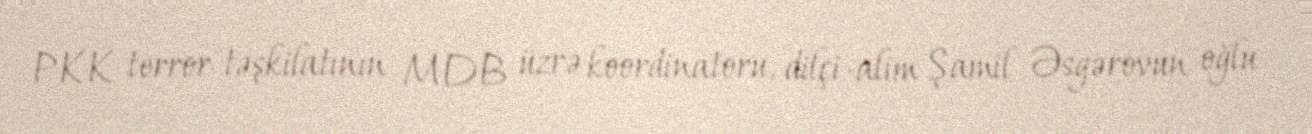
PKK terror təşkilatının MDB üzrə koordinatoru, dilçi-alim Şamil Əsgərovun oğlu